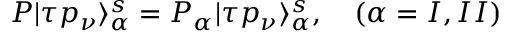
P | \tau p _ { \nu } \rangle _ { \alpha } ^ { s } = P _ { \alpha } | \tau p _ { \nu } \rangle _ { \alpha } ^ { s } , \quad ( \alpha = I , I I )